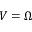
V = \Omega